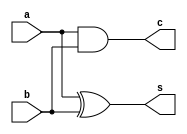
`timescale 1ns / 1ps


module halfadder(a, b, s, c);

    input a, b; output s;
    
    output c;
    
    
    assign s = a ^ b;
    
    assign c = a & b;

endmodule


module adder(a, b, s, cin, cout);

    input a, b;
    
    output s;
    
    input cin;
    output cout;
    
    wire s0, c0;
    
    halfadder halfadder0(a, b, s0, c0);
    
    wire c1;
    
    halfadder halfadder1(s0, cin, s, c1);
    
    assign cout = c0 | c1;

endmodule


module adder8(a, b, s, cin, cout, v);

    input [ 7 : 0 ] a, b; output [ 7 : 0 ] s;
    
    input cin; output cout;
    
    output v;
    
    wire c1, c2, c3, c4, c5, c6, c7;
    
    adder adder0(a[0], b[0], s[0], cin, c1);
    adder adder1(a[1], b[1], s[1], c1, c2);
    adder adder2(a[2], b[2], s[2], c2, c3);
    adder adder3(a[3], b[3], s[3], c3, c4);
    adder adder4(a[4], b[4], s[4], c4, c5);
    adder adder5(a[5], b[5], s[5], c5, c6);
    adder adder6(a[6], b[6], s[6], c6, c7);
    adder adder7(a[7], b[7], s[7], c7, cout);
    
    assign v = cout ^ c7;

endmodule